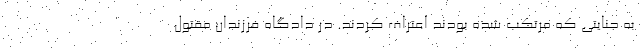
به جنایتی که مرتکب شده بودند اعتراف کردند. در دادگاه فرزندان مقتول